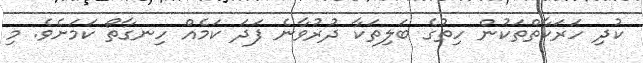
ކުދި ހަރަކާތްތަކުން ހިތުގެ ބަލިތަކާ ދުރުވާނެ ފަދަ ކަމެއް ހިނގާތޯ ކަމަށެވެ. މި